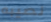
نصيبه